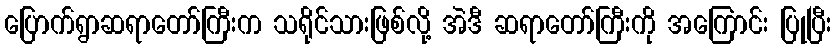
ပြောက်ရွာဆရာတော်ကြီးက သရိုင်သားဖြစ်လို့ အဲဒီ ဆရာတော်ကြီးကို အကြောင်း ပြုပြီး